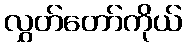
လွှတ်တော်ကိုယ်